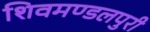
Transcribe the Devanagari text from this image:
शिवमण्डलपुरी